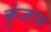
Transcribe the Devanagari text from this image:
कुंजाम